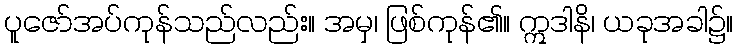
ပူဇော်အပ်ကုန်သည်လည်း။ အမှ၊ ဖြစ်ကုန်၏။ ဣဒါနိ၊ ယခုအခါ၌။